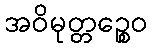
အဝိမုတ္တဉ္စေဝ